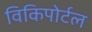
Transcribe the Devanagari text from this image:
विकिपोर्टल